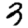
Digit: 3